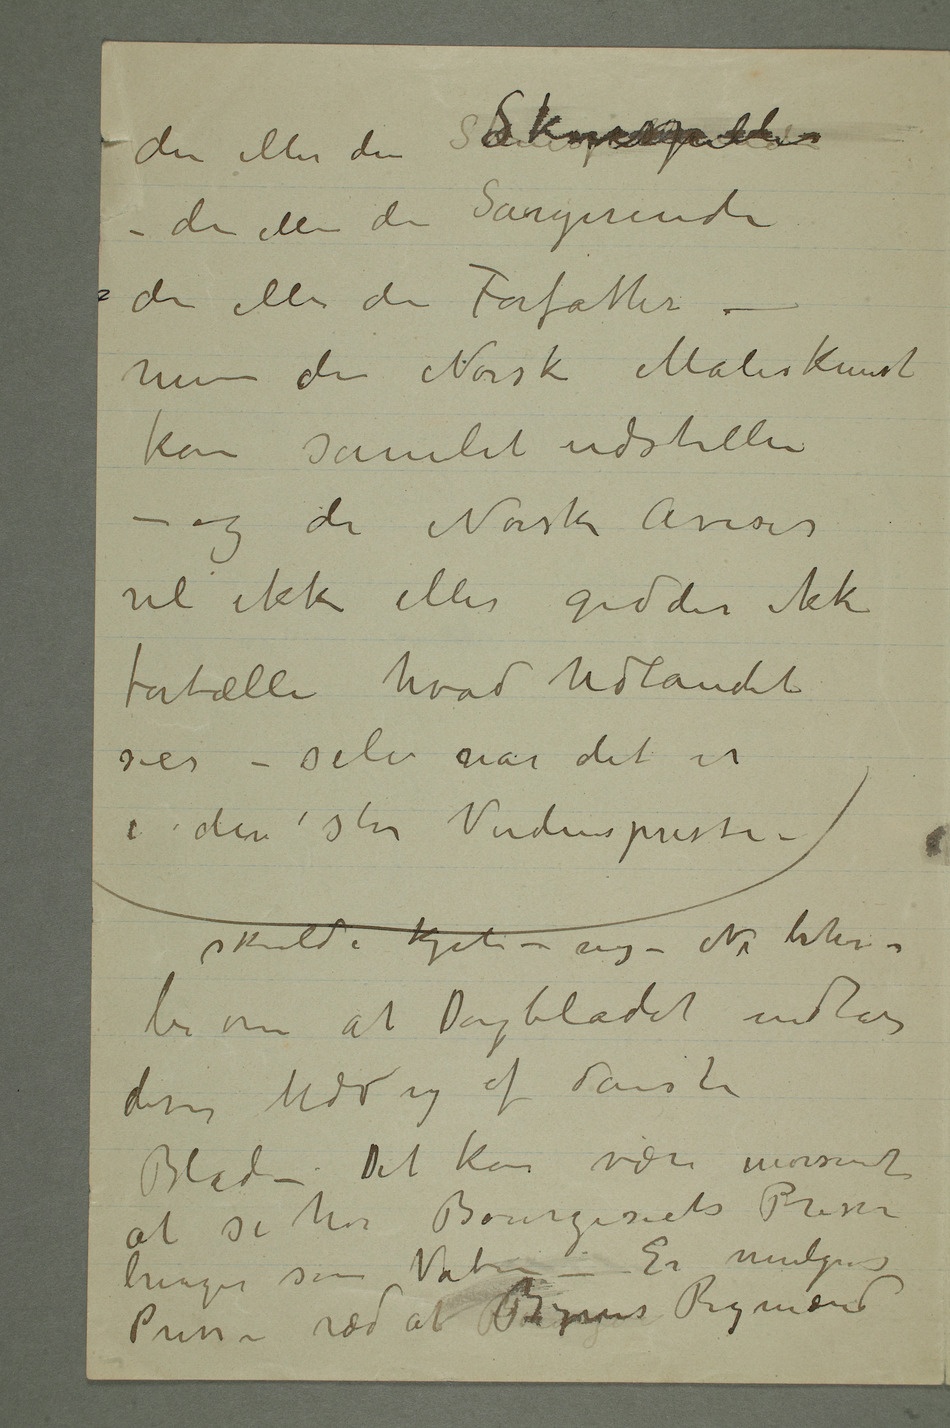
den eller den SkuespillerSkuespiller –
– den eller den Sangerinde
den eller den Forfatter –
men den Norske Malerkunst
kan samlet udstille –
– og de Norske Aviser
vil ikke eller gidder ikke
fortælle hvad Udlandet
sier – selv når det er
i den store Verdenspresse –
om at Dagbladet indtar
disse Udrag af danske
Blade – Det kan være morsomt
at se hva Bourgesiets Presse
Pressen ræd at RigmændByens Rigmænd